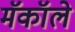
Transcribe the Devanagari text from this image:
मॅकॉले